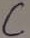
Text: C